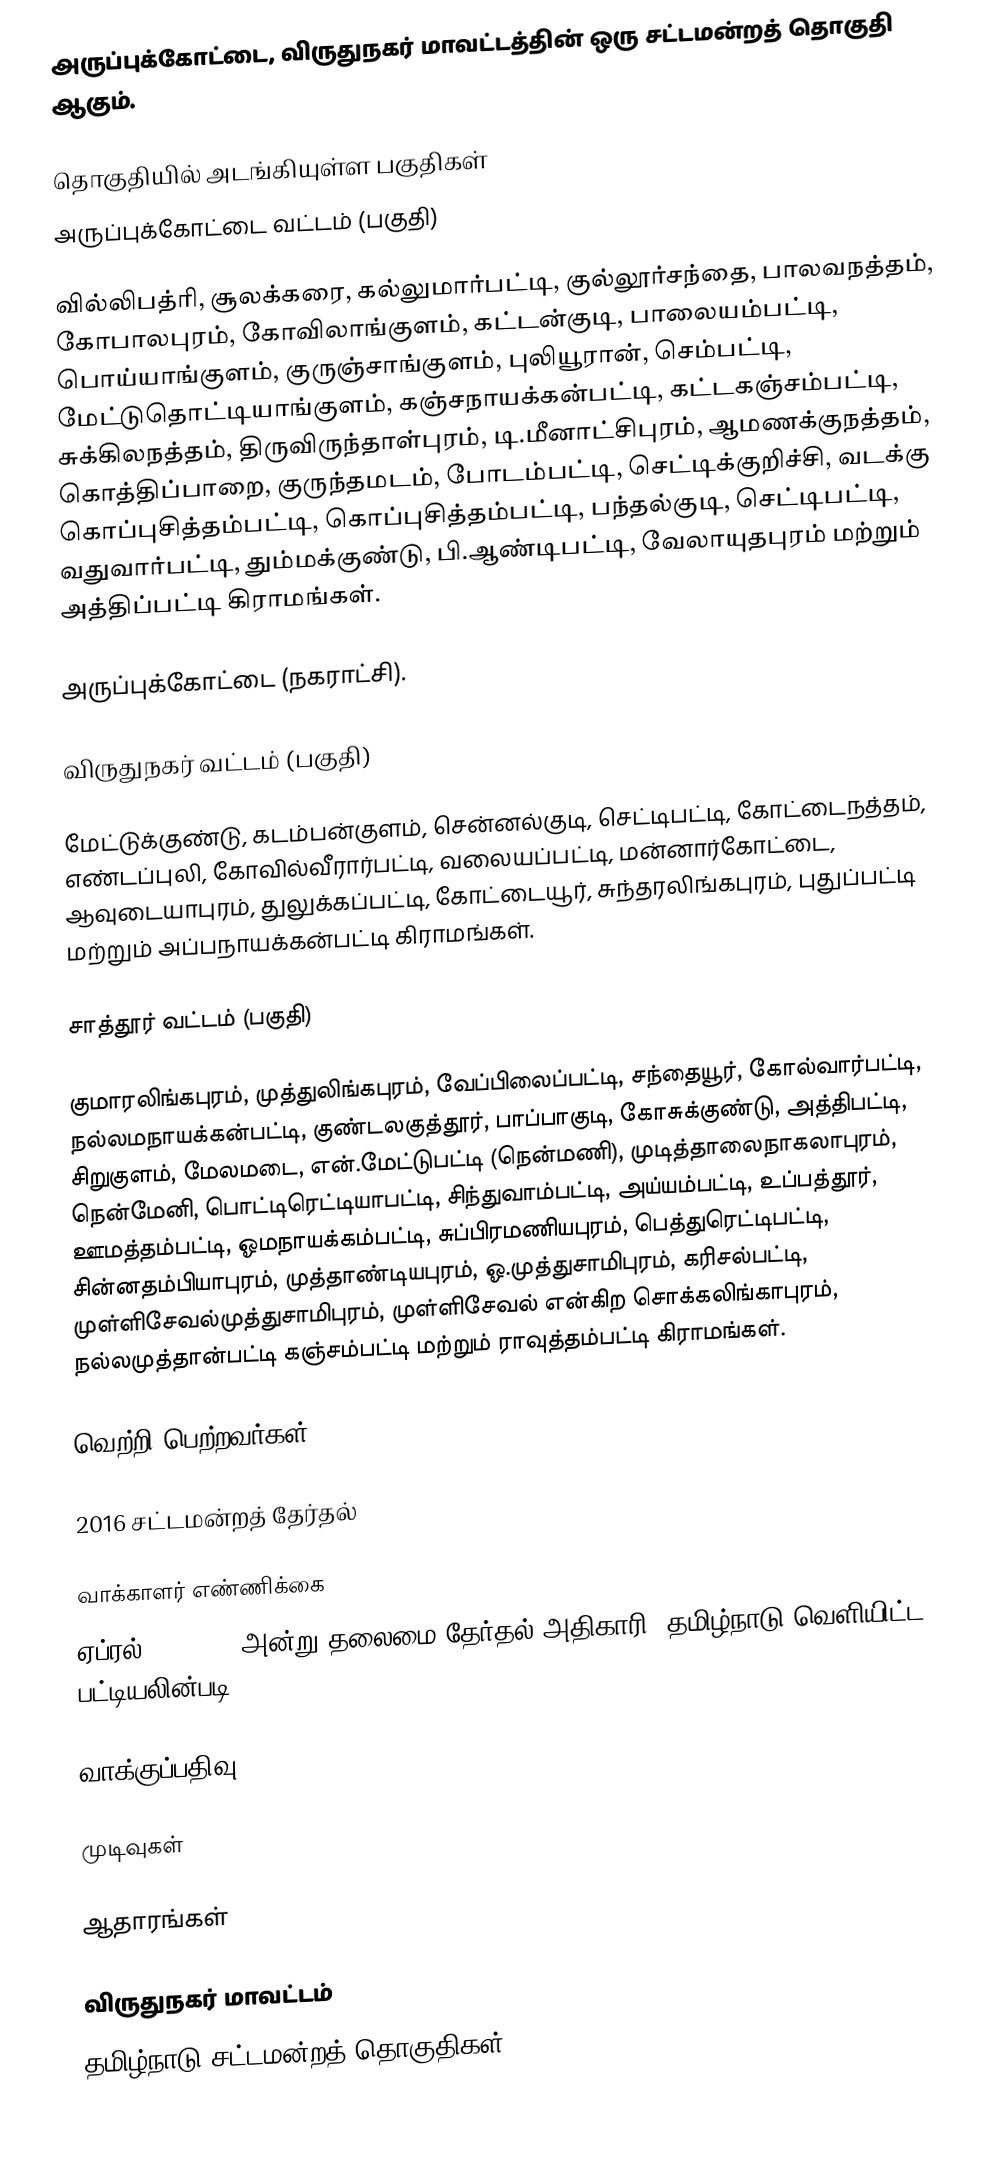
அருப்புக்கோட்டை, விருதுநகர் மாவட்டத்தின் ஒரு சட்டமன்றத் தொகுதி ஆகும்.

தொகுதியில் அடங்கியுள்ள பகுதிகள்
அருப்புக்கோட்டை வட்டம் (பகுதி)

வில்லிபத்ரி, சூலக்கரை, கல்லுமார்பட்டி, குல்லூர்சந்தை, பாலவநத்தம், கோபாலபுரம், கோவிலாங்குளம், கட்டன்குடி, பாலையம்பட்டி, பொய்யாங்குளம், குருஞ்சாங்குளம், புலியூரான், செம்பட்டி, மேட்டுதொட்டியாங்குளம், கஞ்சநாயக்கன்பட்டி, கட்டகஞ்சம்பட்டி, சுக்கிலநத்தம், திருவிருந்தாள்புரம், டி.மீனாட்சிபுரம், ஆமணக்குநத்தம், கொத்திப்பாறை, குருந்தமடம், போடம்பட்டி, செட்டிக்குறிச்சி, வடக்கு கொப்புசித்தம்பட்டி, கொப்புசித்தம்பட்டி, பந்தல்குடி, செட்டிபட்டி, வதுவார்பட்டி, தும்மக்குண்டு, பி.ஆண்டிபட்டி, வேலாயுதபுரம் மற்றும் அத்திப்பட்டி கிராமங்கள்.

அருப்புக்கோட்டை (நகராட்சி).

விருதுநகர் வட்டம் (பகுதி)

மேட்டுக்குண்டு, கடம்பன்குளம், சென்னல்குடி, செட்டிபட்டி, கோட்டைநத்தம், எண்டப்புலி, கோவில்வீரார்பட்டி, வலையப்பட்டி, மன்னார்கோட்டை, ஆவுடையாபுரம், துலுக்கப்பட்டி, கோட்டையூர், சுந்தரலிங்கபுரம், புதுப்பட்டி மற்றும் அப்பநாயக்கன்பட்டி கிராமங்கள்.

சாத்தூர் வட்டம் (பகுதி)

குமாரலிங்கபுரம், முத்துலிங்கபுரம், வேப்பிலைப்பட்டி, சந்தையூர், கோல்வார்பட்டி, நல்லமநாயக்கன்பட்டி, குண்டலகுத்தூர், பாப்பாகுடி, கோசுக்குண்டு, அத்திபட்டி, சிறுகுளம், மேலமடை, என்.மேட்டுபட்டி (நென்மணி), முடித்தாலைநாகலாபுரம், நென்மேனி, பொட்டிரெட்டியாபட்டி, சிந்துவாம்பட்டி, அய்யம்பட்டி, உப்பத்தூர், ஊமத்தம்பட்டி, ஓமநாயக்கம்பட்டி, சுப்பிரமணியபுரம், பெத்துரெட்டிபட்டி, சின்னதம்பியாபுரம், முத்தாண்டியபுரம், ஓ.முத்துசாமிபுரம், கரிசல்பட்டி, முள்ளிசேவல்முத்துசாமிபுரம், முள்ளிசேவல் என்கிற சொக்கலிங்காபுரம், நல்லமுத்தான்பட்டி கஞ்சம்பட்டி மற்றும் ராவுத்தம்பட்டி கிராமங்கள்.

வெற்றி பெற்றவர்கள்

2016 சட்டமன்றத் தேர்தல்

வாக்காளர் எண்ணிக்கை
ஏப்ரல் 29, 2016 அன்று தலைமை தேர்தல் அதிகாரி, தமிழ்நாடு வெளியிட்ட பட்டியலின்படி,

வாக்குப்பதிவு

முடிவுகள்

ஆதாரங்கள்

விருதுநகர் மாவட்டம்
தமிழ்நாடு சட்டமன்றத் தொகுதிகள்